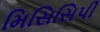
મિસિસિપી